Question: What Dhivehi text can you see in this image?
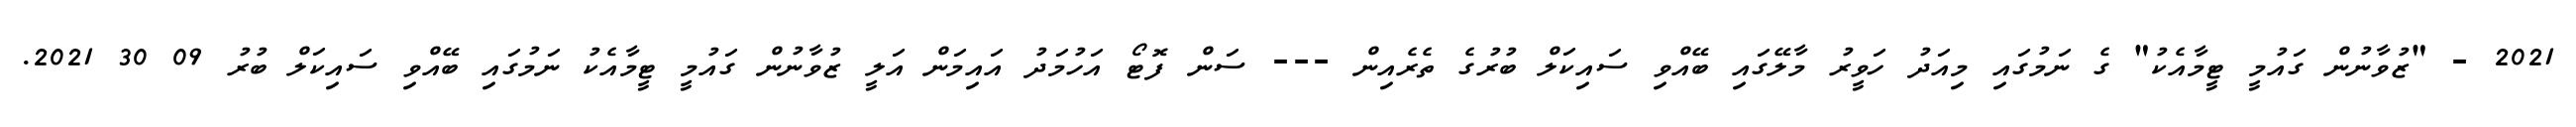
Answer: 2021 - "ޒުވާނުން ގައުމީ ޓީމާއެކު" ގެ ނަމުގައި މިއަދު ހަވީރު މާލޭގައި ބޭއްވި ސައިކަލް ބުރުގެ ތެރެއިން --- ސަން ފޮޓޯ އަހުމަދު އައިމަން އަލީ ޒުވާނުން ގައުމީ ޓީމާއެކު ނަމުގައި ބޭއްވި ސައިކަލް ބުރު 09 30 2021.